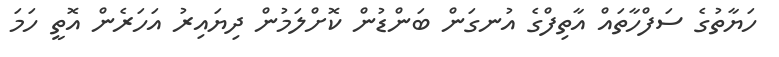
ހަޔާތުގެ ސަފްހާތައް އާތިފްގެ އުނގަން ބަންޑުން ކޮށްލަމުން ދިޔައިރު އަހަރެން އޮތީ ހަމަ